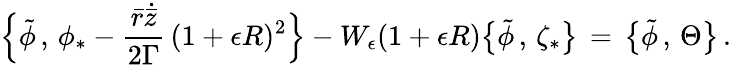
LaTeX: \Bigl\{ \tilde{\phi}\, ,\, \phi_{*}-\frac{\bar{r}\dot{\bar{z}}}{2\Gamma}\, (1+\epsilon R)^{2}\Bigr\} -W_{\epsilon}(1+\epsilon R)\bigl\{ \tilde{\phi}\, ,\, \zeta_{*}\bigr\} \, =\, \bigl\{ \tilde{\phi}\, ,\, \Theta\bigr\} \, .